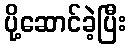
ပို့ဆောင်ခဲ့ပြီး